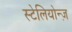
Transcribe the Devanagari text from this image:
स्टेलियोन्ज़